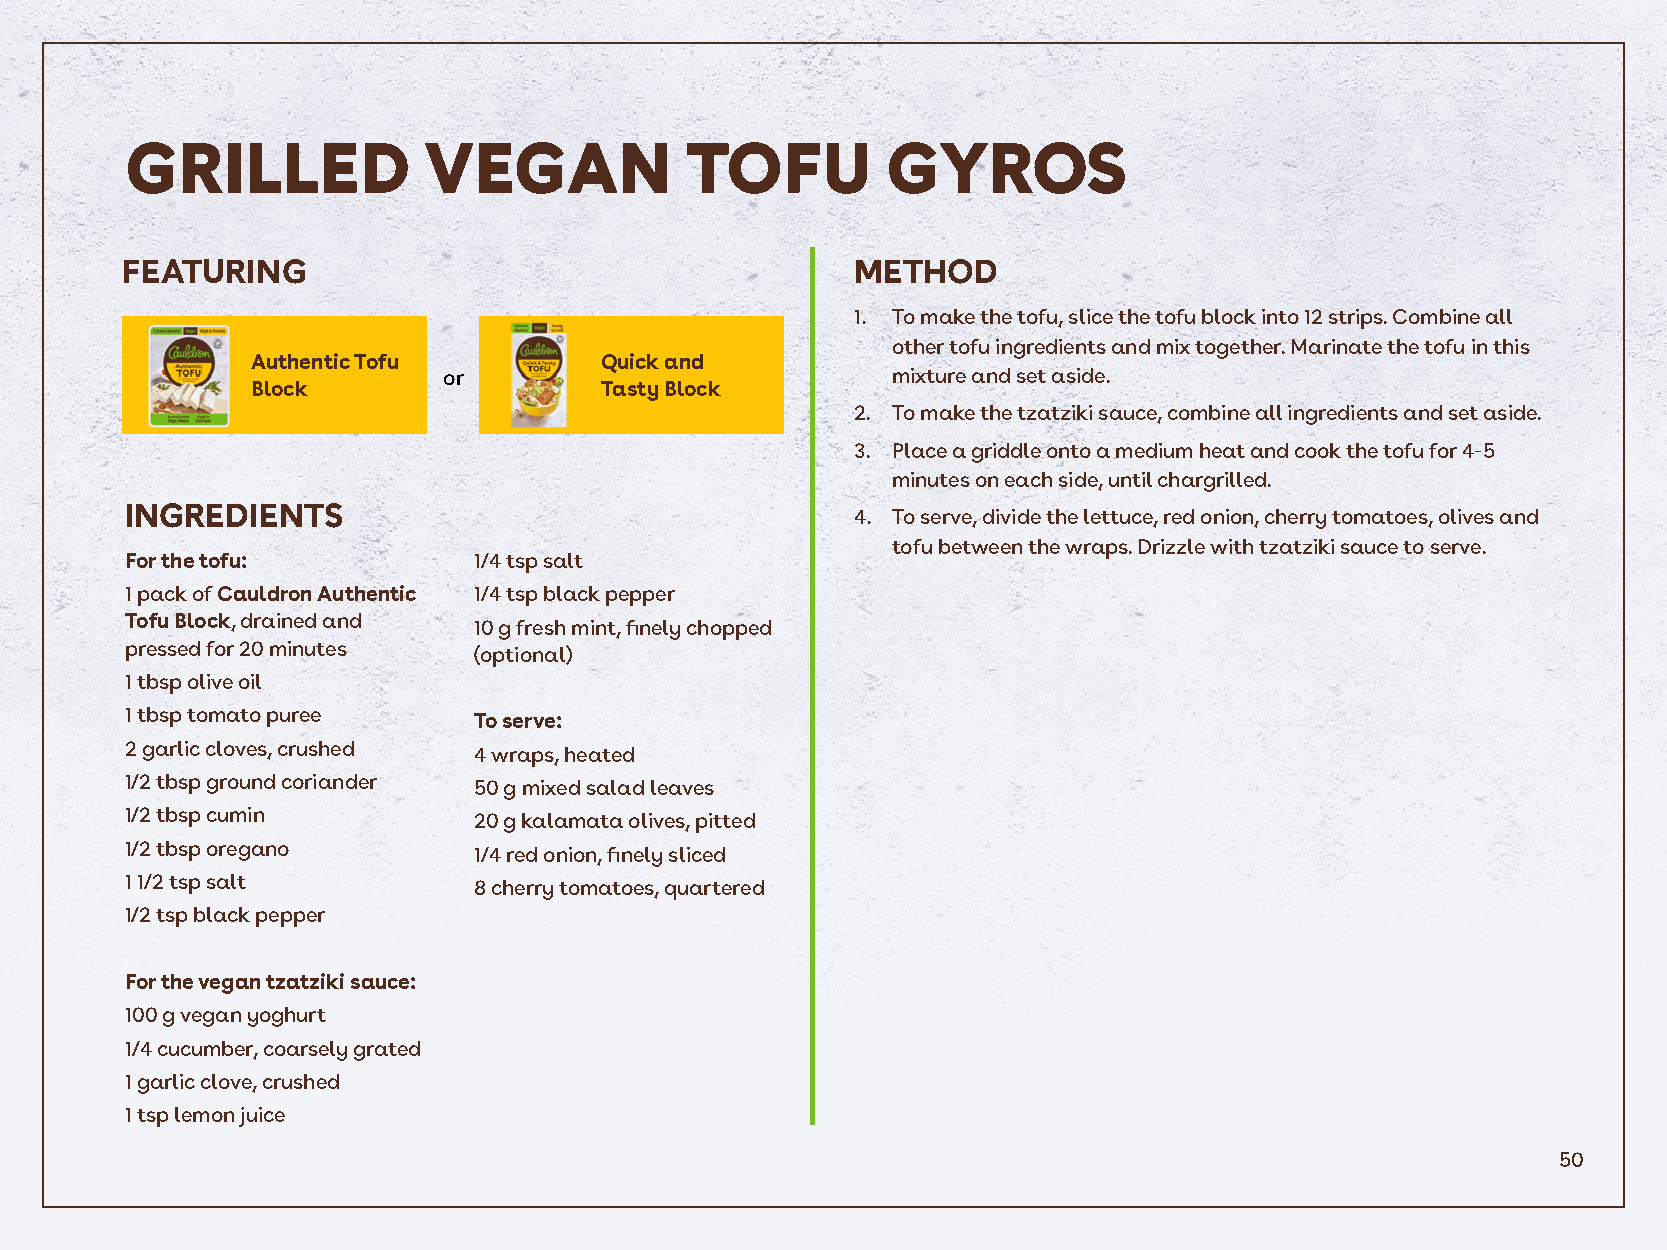
GRILLED             VEGAN            TOFU          GYROS
 FEATURING                                        METHOD
 1. To make the tofu, slice the tofu block into 12 strips. Combine all
 other tofu ingredients and mix together. Marinate the tofu in this
 Authentic Tofu         Quick and
 or                            mixture and set aside.
 Block                  Tasty Block
 2. To make the tzatziki sauce, combine all ingredients and set aside.
 3. Place a griddle onto a medium heat and cook the tofu for 4-5
 minutes on each side, until chargrilled.
 INGREDIENTS                                      4. To serve, divide the lettuce, red onion, cherry tomatoes, olives and
 tofu between the wraps. Drizzle with tzatziki sauce to serve.
 For the tofu:          1/4 tsp salt
 1 pack of Cauldron Authentic 1/4 tsp black pepper
 Tofu Block, drained and 10 g fresh mint, finely chopped
 pressed for 20 minutes (optional)
 1 tbsp olive oil
 1 tbsp tomato puree
 To serve:
 2 garlic cloves, crushed 4 wraps, heated
 1/2 tbsp ground coriander 50 g mixed salad leaves
 1/2 tbsp cumin         20 g kalamata olives, pitted
 1/2 tbsp oregano       1/4 red onion, finely sliced
 1 1/2 tsp salt         8 cherry tomatoes, quartered
 1/2 tsp black pepper
 For the vegan tzatziki sauce:
 100 g vegan yoghurt
 1/4 cucumber, coarsely grated
 1 garlic clove, crushed
 1 tsp lemon juice
 50